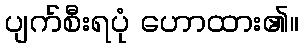
ပျက်စီးရပုံ ဟောထား၏။